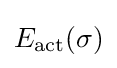
E_{\text{act}}(\sigma )